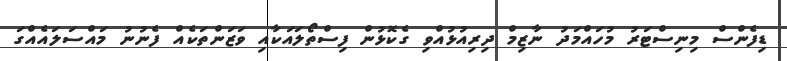
ޑިފެންސް މިނިސްޓަރު މުހައްމަދު ނާޒިމް ދިރިއުޅުއްވި ގެކޮޅުން ފިސްތޯލައަކާއި ވަޒަންތަކެއް ފެނުނު މައްސަލައެއްގަ